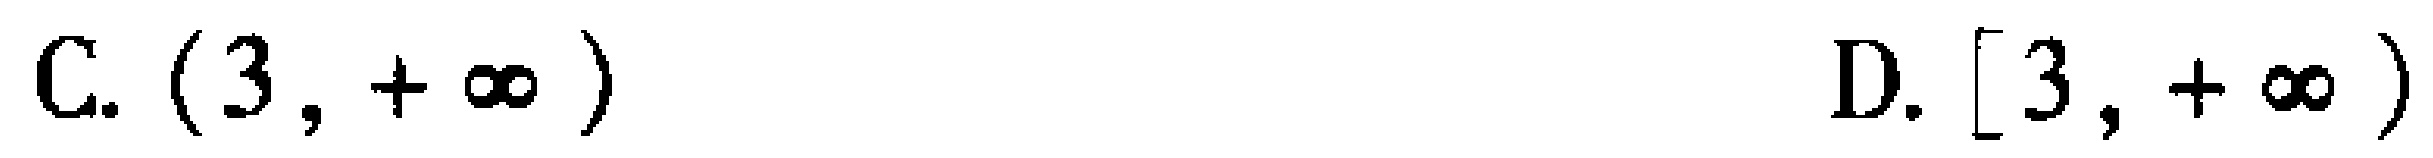
C. \((3, +\infty)\)

D. \([3, +\infty)\)